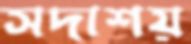
সদাশয়